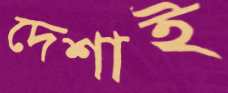
দেশাই